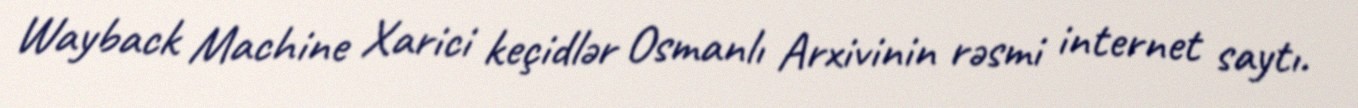
Wayback Machine Xarici keçidlər Osmanlı Arxivinin rəsmi internet saytı.